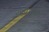
રાચનારા